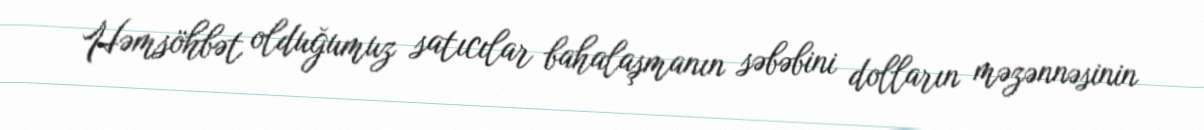
Həmsöhbət olduğumuz satıcılar bahalaşmanın səbəbini dolların məzənnəsinin